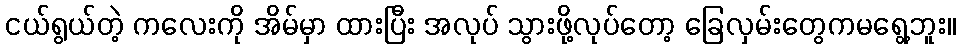
ငယ်ရွယ်တဲ့ ကလေးကို အိမ်မှာ ထားပြီး အလုပ် သွားဖို့လုပ်တော့ ခြေလှမ်းတွေကမရွေ့ဘူး။